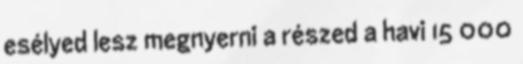
esélyed lesz megnyerni a részed a havi 15 000